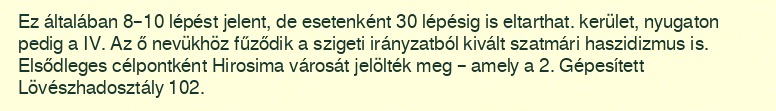
Ez általában 8–10 lépést jelent, de esetenként 30 lépésig is eltarthat. kerület, nyugaton pedig a IV. Az ő nevükhöz fűződik a szigeti irányzatból kivált szatmári haszidizmus is. Elsődleges célpontként Hirosima városát jelölték meg – amely a 2. Gépesített Lövészhadosztály 102.